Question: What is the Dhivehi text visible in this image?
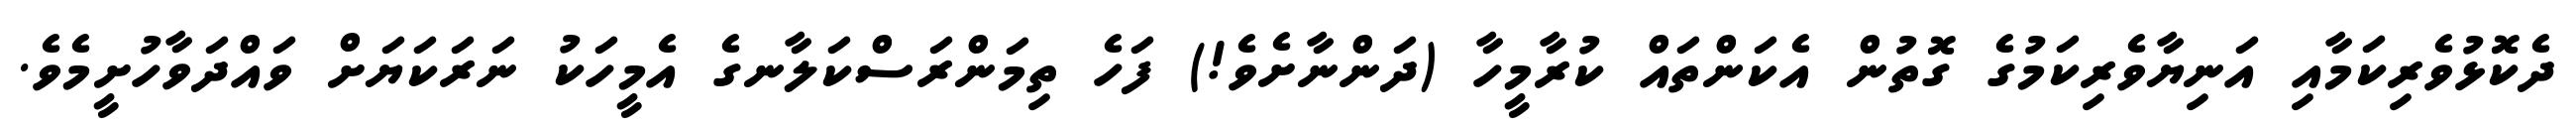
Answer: ދެކޮޅުވެރިކަމާއި އަނިޔާވެރިކަމުގެ ގޮތުން އެކަންތައް ކުރާމީހާ (ދަންނާށެވެ!) ފަހެ ތިމަންރަސްކަލާނގެ އެމީހަކު ނަރަކަޔަށް ވައްދަވާހުށީމެވެ.